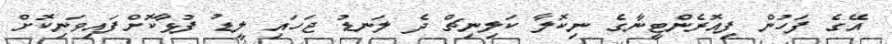
އޭގެ ފަހުން ފިއޮރެންޓީނާގެ ނިކޮލާ ކަލިނިޗް ދެ ލަނޑު ޖަހައި ލީޑު ފުޅާކޮށްފައިވަނިކޮށް